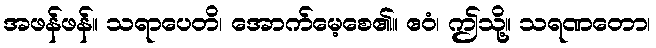
အဖန်ဖန်။ သရာပေတိ၊ အောက်မေ့စေ၏။ ဧဝံ၊ ဤသို့။ သရဏတော၊